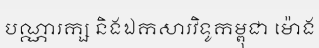
បណ្ណារក្ស និងឯកសារវិទូកម្ពុជា ម៉ោង